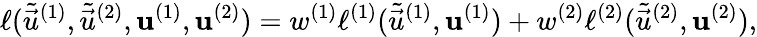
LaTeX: \ell(\tilde{\vec{u}}^{(1)},\tilde{\vec{u}}^{(2)},\mathbf{u}^{(1)},\mathbf{u}^{(2)})=w^{(1)}\ell^{(1)}(\tilde{\vec{u}}^{(1)},\mathbf{u}^{(1)})+w^{(2)}\ell^{(2)}(\tilde{\vec{u}}^{(2)},\mathbf{u}^{(2)}),